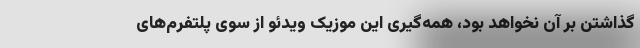
گذاشتن بر آن نخواهد بود، همه‌گیری این موزیک ویدئو از سوی پلتفرم‌های